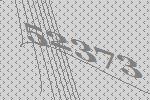
52373